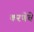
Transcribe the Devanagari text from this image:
करणेचे